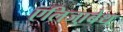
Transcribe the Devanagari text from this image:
एलिजा़बेथ